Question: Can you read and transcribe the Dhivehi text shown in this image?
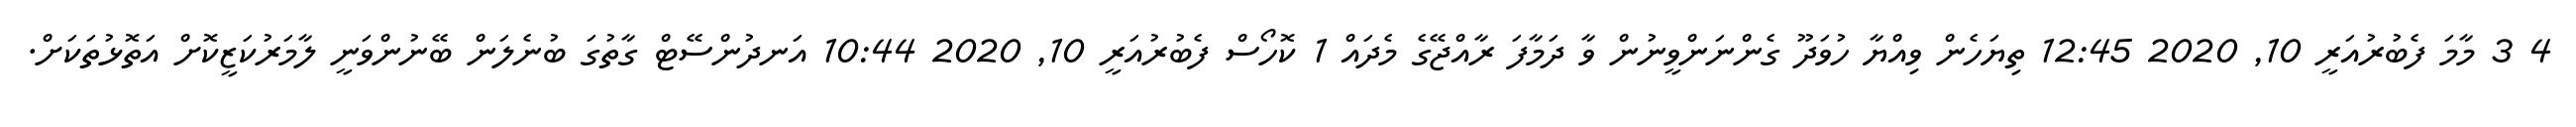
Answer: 4 3 މާމަ ފެބުރުއަރީ 10, 2020 12:45 ތިޔަހެން ވިއްޔާ ހުވަދޫ ގެންނަންވީނުން ވާ ދަމާފަ ރާއްޖޭގެ މެދައް 1 ކޮހޯސް ފެބުރުއަރީ 10, 2020 10:44 އަނދުންސޭޓް ގާތުގަ ބުނެލަން ބޭނުންވަނީ ލާމަރުކަޒީކޮށް އަތޮޅުތަކަށް.